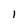
Character: I